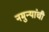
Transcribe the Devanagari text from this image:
नमुन्यांची